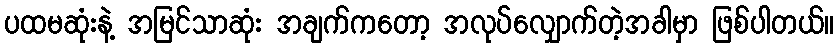
ပထမဆုံးနဲ့ အမြင်သာဆုံး အချက်ကတော့ အလုပ်လျှောက်တဲ့အခါမှာ ဖြစ်ပါတယ်။